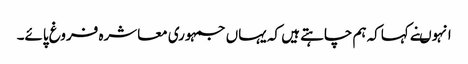
انہوںنے کہاکہ ہم چاہتے ہیں کہ یہاں جمہوری معاشرہ فروغ پائے۔